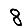
Digit: 8